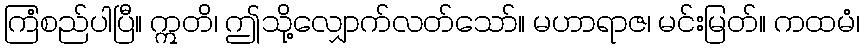
ကြံစည်ပါပြီ။ ဣတိ၊ ဤသို့လျှောက်လတ်သော်။ မဟာရာဇ၊ မင်းမြတ်။ ကထမံ၊